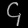
Digit: ၄